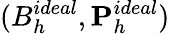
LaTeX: (B_{h}^{ideal},{\mathbf P}_{h}^{ideal})